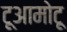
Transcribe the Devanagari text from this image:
टूआमोटू